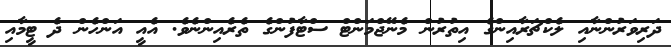
ދަރިވަރުންނާއި ލެކްޗަރާއިންގެ އިތުރުން މެނޭޖްމަންޓް ސްޓާފުންގެ ތެރެއިންނެވެ. އެއީ އަންހެން ދެ ޓީމާއި